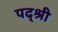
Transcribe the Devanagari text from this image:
पद्श्री